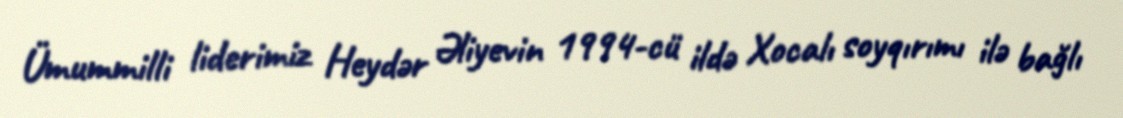
Ümummilli liderimiz Heydər Əliyevin 1994-cü ildə Xocalı soyqırımı ilə bağlı